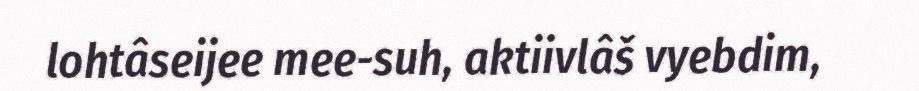
lohtâseijee mee-suh, aktiivlâš vyebdim,